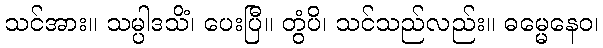
သင်အား။ သမ္ပါဒသိံ၊ ပေးပြီ။ တွံပိ၊ သင်သည်လည်း။ ဓမ္မေနေဝ၊